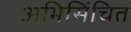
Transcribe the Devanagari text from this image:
अभिसिंचित